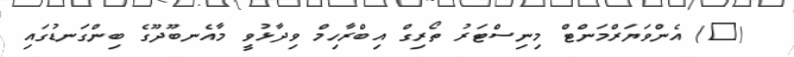
(@) އެންވަޔަރްމަންޓް މިނިސްޓަރު ތޯރިގް އިބްރާހިމް ވިދާޅުވީ މާއެނބޫދޫގެ ބިންގަނޑުގައި